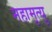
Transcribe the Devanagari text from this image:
महामृत्यु